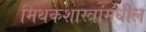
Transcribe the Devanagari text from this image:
मिथकशास्त्रांमधील